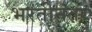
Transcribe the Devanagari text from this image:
भरतीनंतर